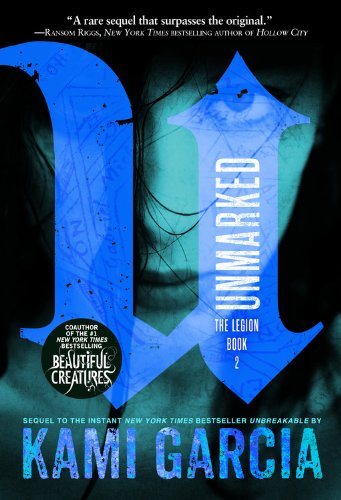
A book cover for Unmarked (The Legion); Kami Garcia; Teen & Young Adult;